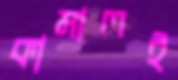
কামালই